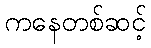
ကနေတစ်ဆင့်